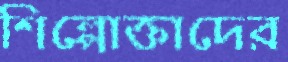
শিল্পোক্তাদের